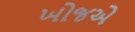
ખોજએ